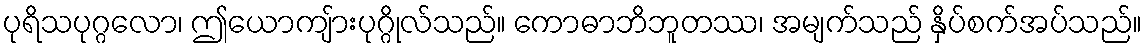
ပုရိသပုဂ္ဂလော၊ ဤယောကျ်ားပုဂ္ဂိုလ်သည်။ ကောဓာဘိဘူတဿ၊ အမျက်သည် နှိပ်စက်အပ်သည်။